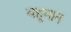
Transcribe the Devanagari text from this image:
बहूमान